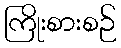
ကြိုးစားစဉ်